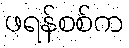
ဖရန်စစ်က